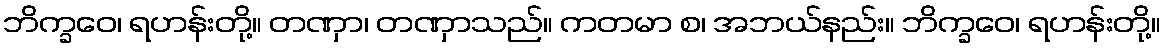
ဘိက္ခဝေ၊ ရဟန်းတို့။ တဏှာ၊ တဏှာသည်။ ကတမာ စ၊ အဘယ်နည်း။ ဘိက္ခဝေ၊ ရဟန်းတို့။